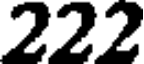
222